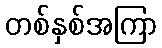
တစ်နှစ်အကြာ